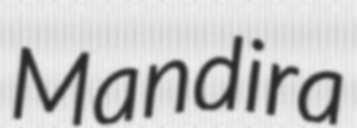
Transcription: Mandira